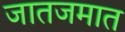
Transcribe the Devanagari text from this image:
जातजमात